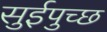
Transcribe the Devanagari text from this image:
सुईपुच्छ